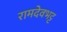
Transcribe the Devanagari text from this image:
रामदेवभट्ट